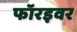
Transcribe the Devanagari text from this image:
फॉरइवर